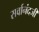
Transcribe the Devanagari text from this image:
सर्वानंदजी